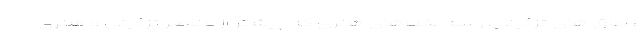
، طاق های تزئینی، رسم‌الخط‌های هنری که پیشتر از عناصر تزئینی و هنری